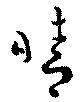
晴